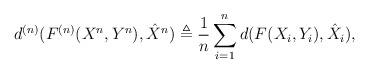
LaTeX: \begin{align*} &d^{(n)}(F^{(n)}(X^n,Y^n),\hat{X}^{n}) \triangleq \frac{1}{n}\sum_{i=1}^{n}d(F(X_i,Y_i),\hat{X}_{i}),\end{align*}